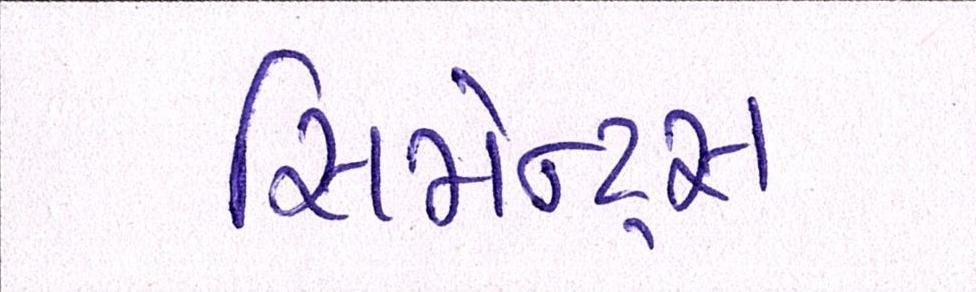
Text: સિમેન્ટ્સ